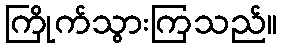
ကြိုက်သွားကြသည်။